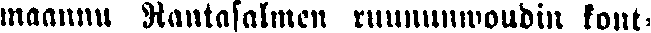
maannu Rantasalmen ruununwoudin kont-